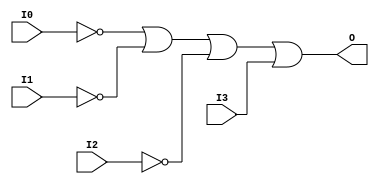
module OR4B3 (O, I0, I1, I2, I3);

    output O;

    input  I0, I1, I2, I3;

    wire i0_inv;
    wire i1_inv;
    wire i2_inv;

    not N2 (i2_inv, I2);
    not N1 (i1_inv, I1);
    not N0 (i0_inv, I0);
    or O1 (O, i0_inv, i1_inv, i2_inv, I3);


endmodule